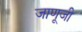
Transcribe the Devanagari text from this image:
जाणूजी